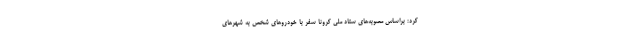
کرد: براساس مصوبه‌های ستاد ملی کرونا سفر با خودروهای شخص به شهرهای